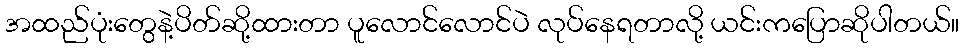
အထည်ပုံးတွေနဲ့ပိတ်ဆို့ထားတာ ပူလောင်လောင်ပဲ လုပ်နေရတာလို့ ယင်းကပြောဆိုပါတယ်။